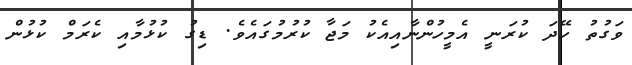
ވަގުތު ހޭދަ ކުރަނީ އެމީހުންނާއިއެކު މަޖާ ކުރުމުގައެވެ. ޑިގު ކުޅުމާއި ކެރަމް ކުޅުން